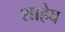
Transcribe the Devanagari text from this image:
शाहेब